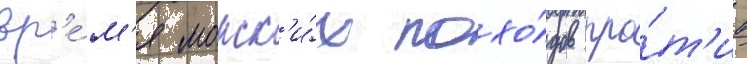
вр'е́м'я морск'и́х похо́дов про́т'ив